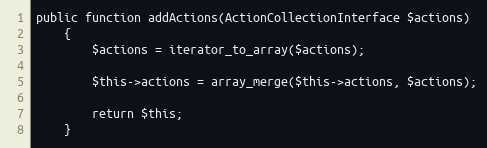
Language: PHP
public function addActions(ActionCollectionInterface $actions)
    {
        $actions = iterator_to_array($actions);

        $this->actions = array_merge($this->actions, $actions);

        return $this;
    }